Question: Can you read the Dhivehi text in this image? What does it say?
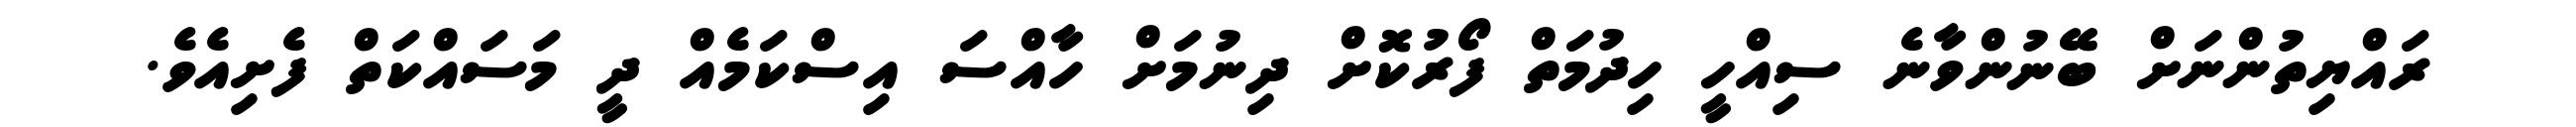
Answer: ރައްޔިތުންނަށް ބޭނުންވާނެ ސިއްހީ ހިދުމަތް ފޯރުކޮށް ދިނުމަށް ހާއްސަ އިސްކަމެއް ދީ މަސައްކަތް ފެށިއެވެ.